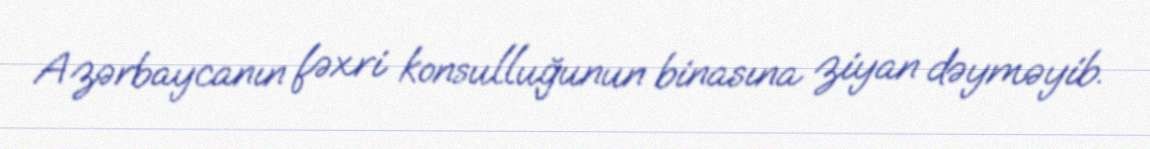
Azərbaycanın fəxri konsulluğunun binasına ziyan dəyməyib.